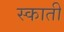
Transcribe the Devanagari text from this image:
स्काती